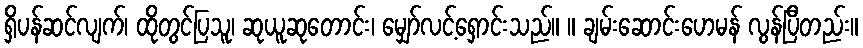
ရှိပန်ဆင်လျက်၊ ထိုတွင်ပြသူ၊ ဆုယူဆုတောင်း၊ မျှော်လင့်ရှောင်းသည်။ ။ ချမ်းဆောင်းဟေမန် လွန်ပြီတည်း။